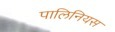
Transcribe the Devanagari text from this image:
पालिनियस